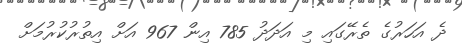
ދެ އަހަރުގެ ތެރޭގައި މި އަދަދު 785 އިން 967 އަށް އިތުރުކުރުމަށް